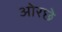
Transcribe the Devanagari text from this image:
ओरछे